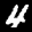
Label: 4